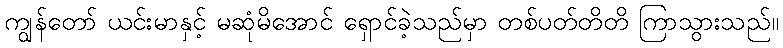
ကျွန်တော် ယင်းမာနှင့် မဆုံမိအောင် ရှောင်ခဲ့သည်မှာ တစ်ပတ်တိတိ ကြာသွားသည်။